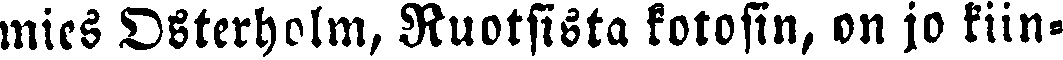
mies Osterholm, Ruotsista kotosin, on jo kiin-